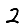
Digit: 2